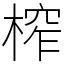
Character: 榨